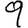
Digit: 9